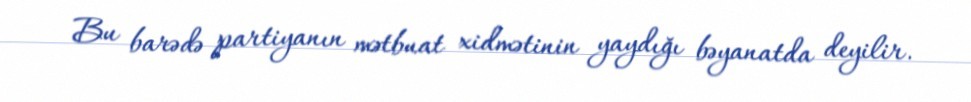
Bu barədə partiyanın mətbuat xidmətinin yaydığı bəyanatda deyilir.